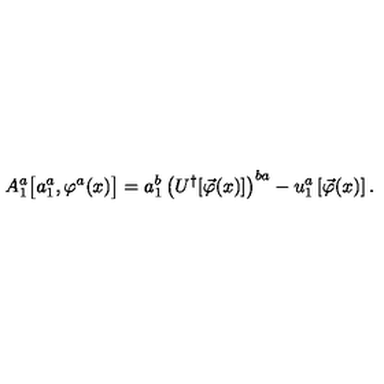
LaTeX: A _ { 1 } ^ { a } \big [ a _ { 1 } ^ { a } , \varphi ^ { a } ( x ) \big ] = a _ { 1 } ^ { b } \left( U ^ { \dagger } [ \vec { \varphi } ( x ) ] \right) ^ { b a } - u _ { 1 } ^ { a } \left[ \vec { \varphi } ( x ) \right] .